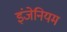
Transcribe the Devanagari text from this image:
इंजेनियम